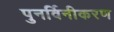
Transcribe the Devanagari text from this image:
पुनर्विनीकरण